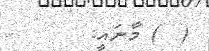
(  ) މާނައީ: